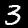
Label: 3